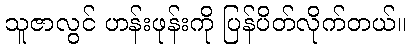
သူဇာလွင် ဟန်းဖုန်းကို ပြန်ပိတ်လိုက်တယ်။